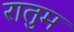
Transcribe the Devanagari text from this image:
रातुम